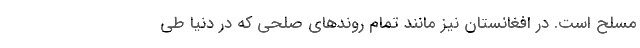
مسلح است. در افغانستان نيز مانند تمام روندهاي صلحي كه در دنيا طي